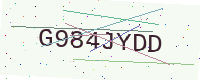
Text: G984JYDD